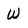
Character: w